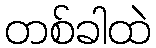
တစ်ခါထဲ